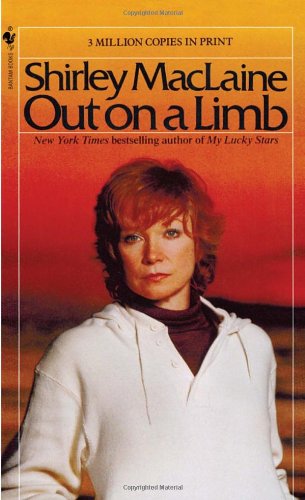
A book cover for Out on a Limb; Shirley Maclaine; Religion & Spirituality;